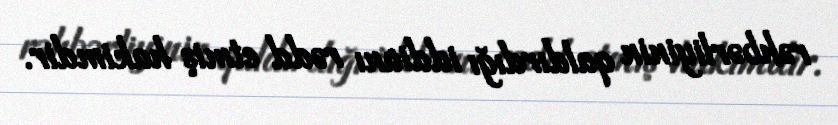
rəhbərliyinin qaldırdığı iddianı rədd etmiş hakimdir.